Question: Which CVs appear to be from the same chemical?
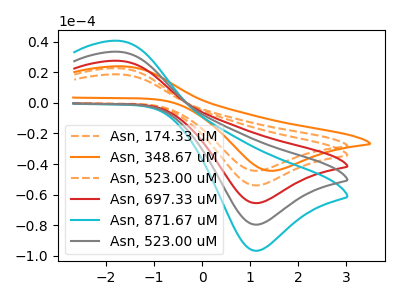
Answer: <think>The orange dashed curve "Asn, 174.33 uM" has an anodic peak at (-1.75V, 22.65uA) and a cathodic peak at (1.10V, -53.90uA). The orange curve "Asn, 348.67 uM" has an anodic peak at (-1.65V, 23.85uA) and a cathodic peak at (1.40V, -44.35uA). The orange dashed curve "Asn, 523.00 uM" has an anodic peak at (-1.75V, 18.65uA) and a cathodic peak at (1.10V, -44.35uA). The red curve "Asn, 697.33 uM" has an anodic peak at (-1.75V, 45.25uA) and a cathodic peak at (1.10V, -107.75uA). The cyan curve "Asn, 871.67 uM" has an anodic peak at (-1.75V, 90.50uA) and a cathodic peak at (1.10V, -215.55uA). The gray curve "Asn, 523.00 uM" has an anodic peak at (-1.75V, 67.90uA) and a cathodic peak at (1.10V, -161.65uA).
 "Asn, 174.33 uM" and "Asn, 348.67 uM" have at least one peak that do not match. All the peaks in "Asn, 174.33 uM" have a peak in "Asn, 523.00 uM" at the same potential. Every peak in "Asn, 174.33 uM" is higher than every peak in "Asn, 523.00 uM". All the peaks in "Asn, 174.33 uM" have a peak in "Asn, 697.33 uM" at the same potential. Every peak in "Asn, 174.33 uM" is lower than every peak in "Asn, 697.33 uM". All the peaks in "Asn, 174.33 uM" have a peak in "Asn, 871.67 uM" at the same potential. Every peak in "Asn, 174.33 uM" is lower than every peak in "Asn, 871.67 uM". All the peaks in "Asn, 174.33 uM" have a peak in "Asn, 523.00 uM" at the same potential. Every peak in "Asn, 174.33 uM" is lower than every peak in "Asn, 523.00 uM". "Asn, 348.67 uM" and "Asn, 523.00 uM" have at least one peak that do not match. "Asn, 348.67 uM" and "Asn, 697.33 uM" have at least one peak that do not match. "Asn, 348.67 uM" and "Asn, 871.67 uM" have at least one peak that do not match. "Asn, 348.67 uM" and "Asn, 523.00 uM" have at least one peak that do not match. All the peaks in "Asn, 523.00 uM" have a peak in "Asn, 697.33 uM" at the same potential. Every peak in "Asn, 523.00 uM" is lower than every peak in "Asn, 697.33 uM". All the peaks in "Asn, 523.00 uM" have a peak in "Asn, 871.67 uM" at the same potential. Every peak in "Asn, 523.00 uM" is lower than every peak in "Asn, 871.67 uM". All the peaks in "Asn, 523.00 uM" have a peak in "Asn, 523.00 uM" at the same potential. Every peak in "Asn, 523.00 uM" is lower than every peak in "Asn, 523.00 uM". All the peaks in "Asn, 697.33 uM" have a peak in "Asn, 871.67 uM" at the same potential. Every peak in "Asn, 697.33 uM" is lower than every peak in "Asn, 871.67 uM". All the peaks in "Asn, 697.33 uM" have a peak in "Asn, 523.00 uM" at the same potential. Every peak in "Asn, 697.33 uM" is lower than every peak in "Asn, 523.00 uM". All the peaks in "Asn, 871.67 uM" have a peak in "Asn, 523.00 uM" at the same potential. Every peak in "Asn, 871.67 uM" is higher than every peak in "Asn, 523.00 uM".</think>
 <answer>"Asn, 523.00 uM", "Asn, 174.33 uM", "Asn, 697.33 uM", "Asn, 871.67 uM" and "Asn, 523.00 uM" have the same shape and are likely CV's of the same chemical.</answer>
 <eval>"Asn, 523.00 uM" "Asn, 174.33 uM" "Asn, 697.33 uM" "Asn, 871.67 uM" "Asn, 523.00 uM"</eval>